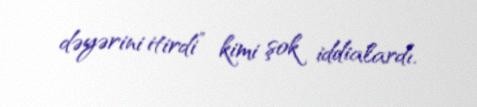
dəyərini itirdi” kimi şok iddialardı.